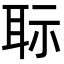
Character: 𦕝